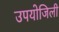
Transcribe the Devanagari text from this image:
उपयोजिली